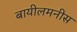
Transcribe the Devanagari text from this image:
बायीलमनीस